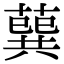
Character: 𦺈